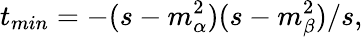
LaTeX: t_{min}=-(s-m_{\alpha}^{2})(s-m_{\beta}^{2})/s,